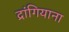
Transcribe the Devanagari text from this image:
द्रांगियाना